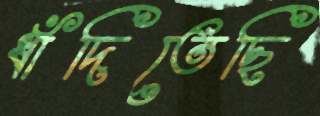
ধাঁদিতেছি